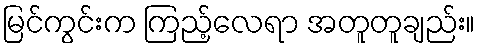
မြင်ကွင်းက ကြည့်လေရာ အတူတူချည်း။